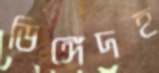
ডিঙ্গেদহ